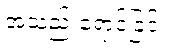
အသည်းရောင်ခြင်း